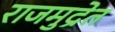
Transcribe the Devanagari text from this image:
राजमुद्रेत